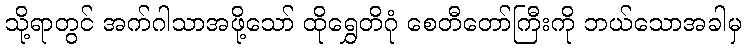
သို့ရာတွင် အက်ဂါသာအဖို့သော် ထိုရွှေတိဂုံ စေတီတော်ကြီးကို ဘယ်သောအခါမှ